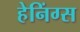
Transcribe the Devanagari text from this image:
हेनिंग्स